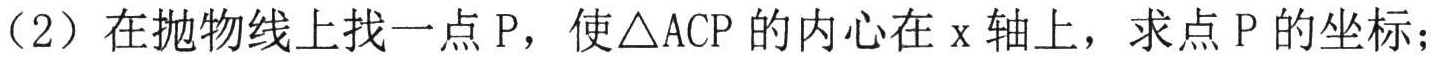
（2）在抛物线上找一点 \(P\)，使\(\triangle ACP\) 的内心在 \(x\) 轴上，求点 \(P\) 的坐标；